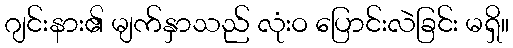
ဂျင်းနား၏ မျက်နှာသည် လုံးဝ ပြောင်းလဲခြင်း မရှိ။